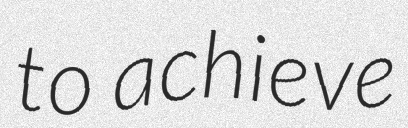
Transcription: to achieve